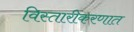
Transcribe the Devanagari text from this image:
विस्तारीकरणात